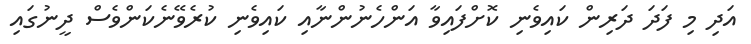
އަދި މި ފަދަ ދަރިން ކައިވެނި ކޮށްފައިވާ އަންހެނުންނާއި ކައިވެނި ކުރެވޭނެކަންވެސް ދީނުގައި